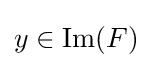
y\in {\text{Im}}(F)